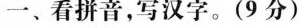
一、看拼音，写汉字。(9分)